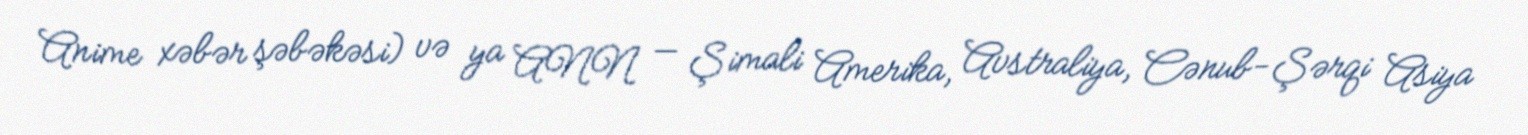
Anime xəbər şəbəkəsi) və ya ANN — Şimali Amerika, Avstraliya, Cənub-Şərqi Asiya